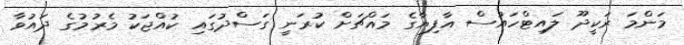
މަންމަ ރަކީދޫ ލައިޓްހައުސް އާފިޔާގެ މައްޗަށް ކުރަނީ ގަސްދުގައި ކުއްޖަކު މެރުމުގެ ދައުވާ